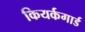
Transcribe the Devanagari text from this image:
कियर्कगार्ड